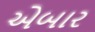
એબાર